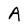
Character: A